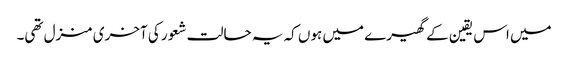
میں اس یقین کے گھیرے میں ہوں کہ یہ حالت شعور کی آخری منزل تھی۔